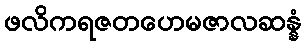
ဖလိကရဇတဟေမဇာလဆန္နံ